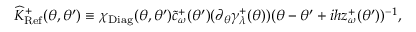
\widehat K _ { \mathrm { R e f } } ^ { + } ( \theta , \theta ^ { \prime } ) \equiv \chi _ { \mathrm { D i a g } } ( \theta , \theta ^ { \prime } ) \tilde { c } _ { \omega } ^ { + } ( \theta ^ { \prime } ) ( \partial _ { \theta } \gamma _ { \lambda } ^ { + } ( \theta ) ) ( \theta - \theta ^ { \prime } + i h z _ { \omega } ^ { + } ( \theta ^ { \prime } ) ) ^ { - 1 } ,